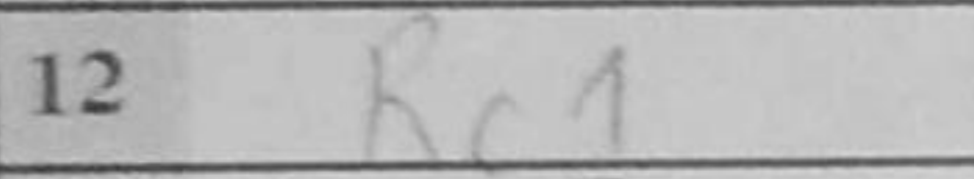
Transcription: Rc1